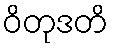
ဝိတုဒတိ